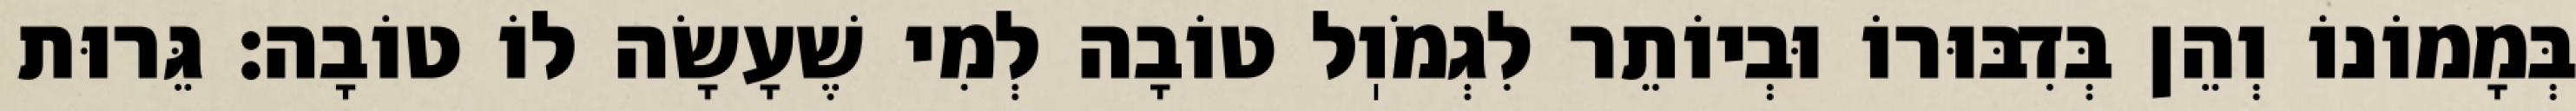
בְּמָמוֹנוֹ וְהֵן בְּדִבּוּרוֹ וּבְיוֹתֵר לִגְמֹוֽל טוֹבָה לְמִי שֶׁעָשָׂה לוֹ טוֹבָה: גֵּרוּת